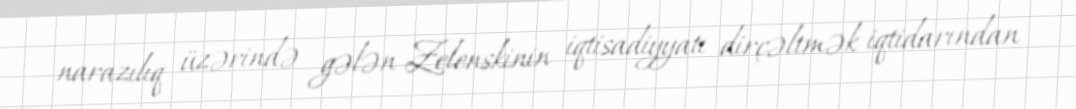
narazılıq üzərində gələn Zelenskinin iqtisadiyyatı dirçəltmək iqtidarından